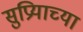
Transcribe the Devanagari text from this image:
सुप्रियाच्या